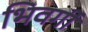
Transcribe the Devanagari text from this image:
भिवर्गी